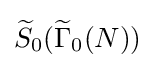
{\widetilde {S}}_{0}({\widetilde {\Gamma }}_{0}(N))